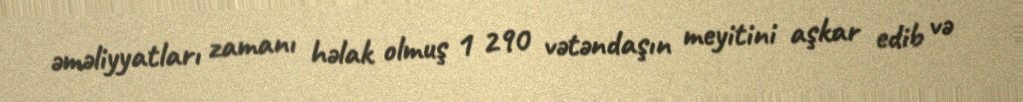
əməliyyatları zamanı həlak olmuş 1 290 vətəndaşın meyitini aşkar edib və